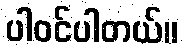
ပါဝင်ပါတယ်။